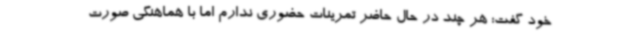
خود گفت: هر چند در حال حاضر تمرینات حضوری ندارم اما با هماهنگی صورت